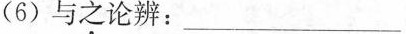
(6) 与之论辨:___